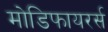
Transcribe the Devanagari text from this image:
मोडिफायरर्स